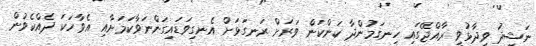
ނަޝީދު ވިދާޅުވީ ރާއްޖޭގައި ހިނގަމުންދާ ކަންކަން ވަރަށް ރަނގަޅަށް އެނގިވަޑައިގަންނަވާކަމަށާއި އެވާހަކަ ދެއްކެވުން